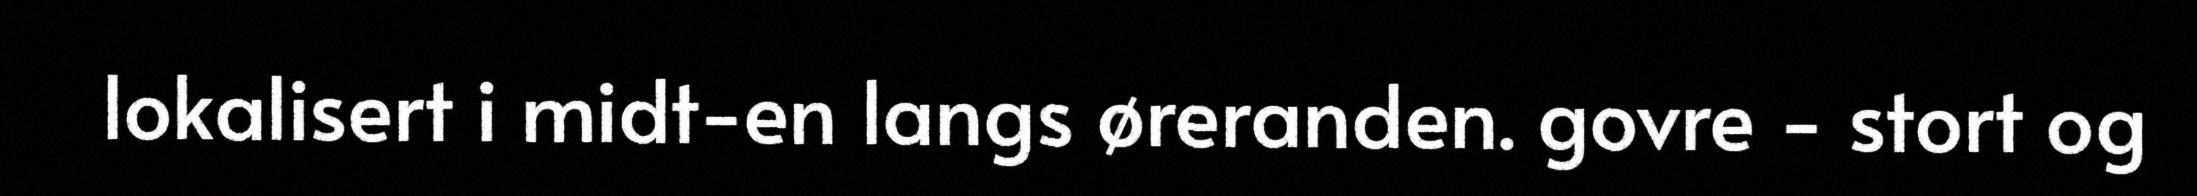
lokalisert i midt-en langs øreranden. govre - stort og